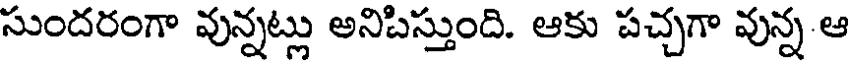
సుందరంగా వున్నట్లు అనిపిస్తుంది. ఆకు పచ్చగా వున్న ఆ